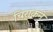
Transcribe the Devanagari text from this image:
चिराकने